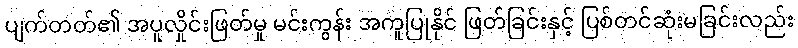
ပျက်တတ်၏ အပူလှိုင်းဖြတ်မှု မင်းကွန်း အကူပြုနိုင် ဖြတ်ခြင်းနှင့် ပြစ်တင်ဆုံးမခြင်းလည်း